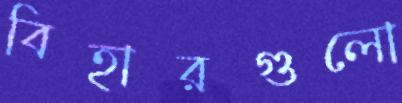
বিহারগুলো